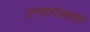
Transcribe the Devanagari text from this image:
उच्चाराप्रमाणे